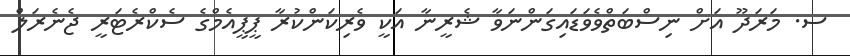
ސ. މަރަދޫ އަށް ނިސްބަތްވެވަޑައިގަންނަވާ ޝެރީނާ އަކީ ވެރިކަންކުރާ ޕީޕީއެމްގެ ސެކްރެޓަރީ ޖެނެރަލް